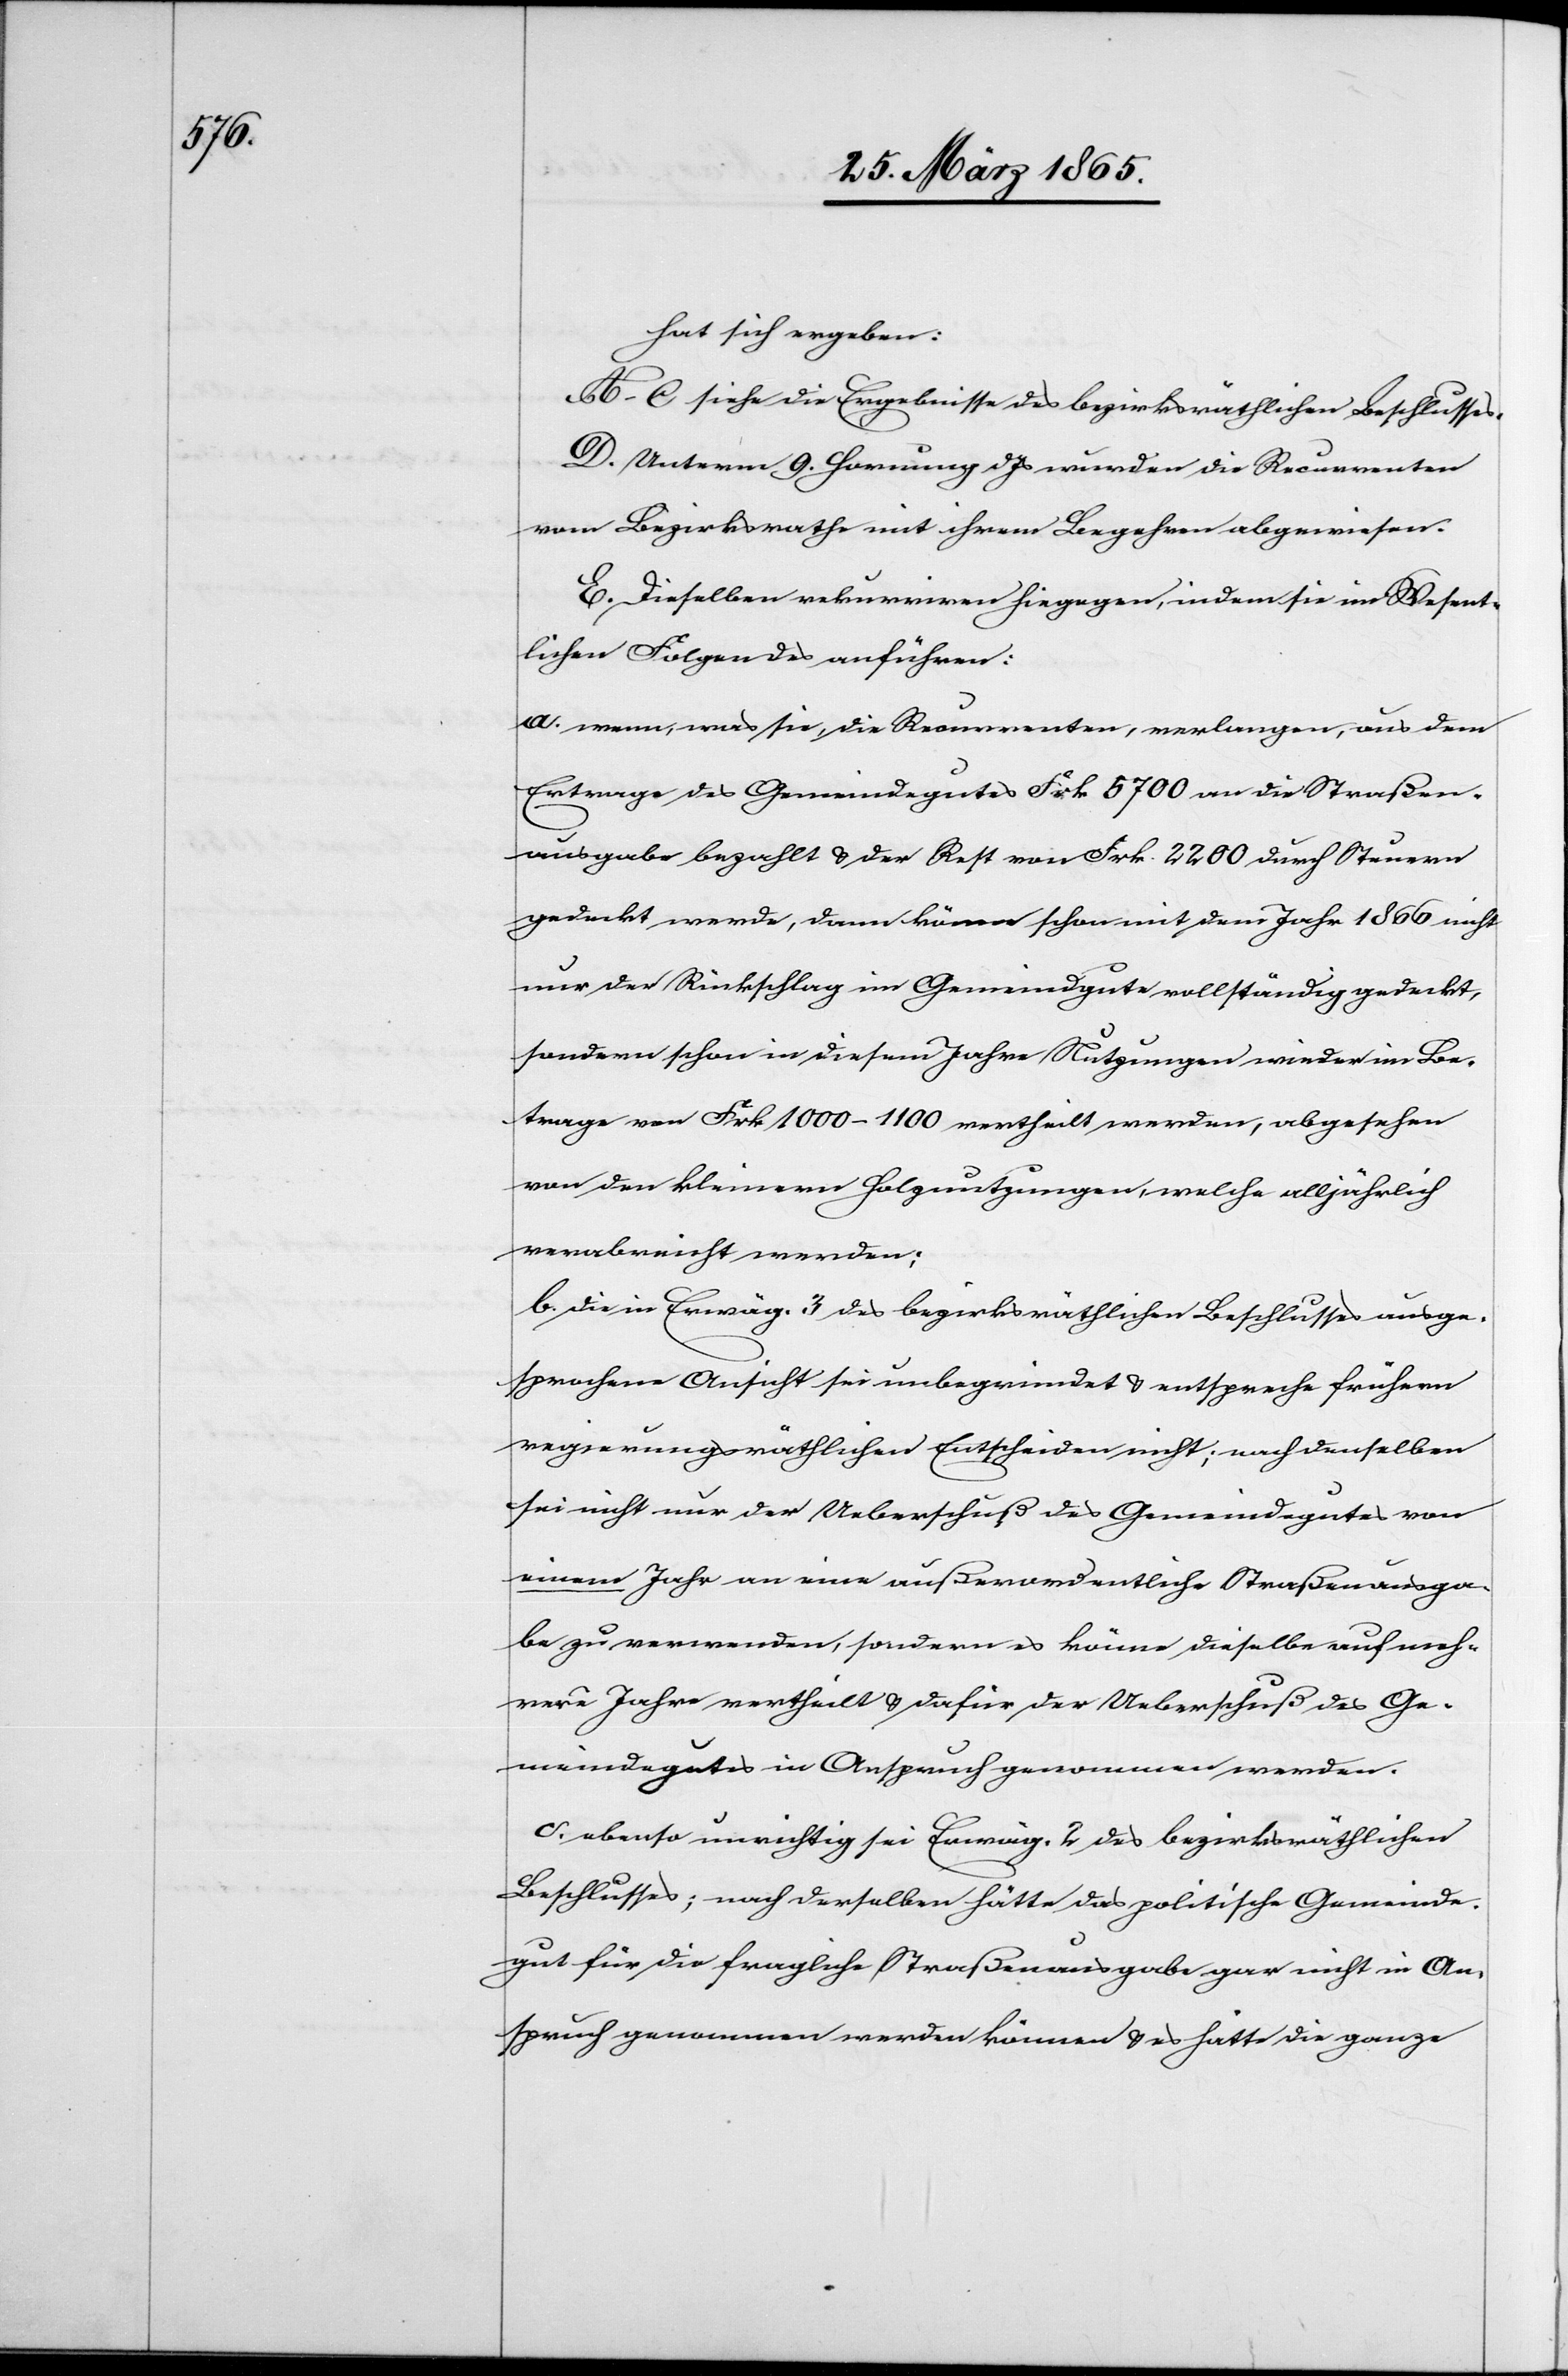
hat sich ergeben:
A–C siehe die Ergebnisse des bezirksräthlichen Beschlusses.
D. Unterm 9. Hornung d Js wurden die Recurrenten
vom Bezirksrathe mit ihrem Begehren abgewiesen.
E. Dieselben rekurriren hiegegen, indem sie im Wesent¬
lichen Folgendes anführen:
a. wenn, was sie, die Recurrenten, verlangen, aus dem
Ertrage des Gemeindegutes Frk 5700 an die Straßen¬
ausgabe bezahlt & der Rest von Frk. 2200 durch Steuern
gedeckt werde, dann könne schon mit dem Jahr 1866 nicht
nur der Rückschlag im Gemeindgute vollständig gedeckt,
sondern schon in diesem Jahre Nutzungen wieder im Be¬
trage von Frk 1000–1100 vertheilt werden, abgesehen
von den kleinern Holznutzungen, welche alljährlich
verabreicht werden;
b. die in Erwäg. 3 des bezirksräthlichen Beschlusses ausge¬
sprochene Ansicht sei unbegründet & entspreche frühern
regierungsräthlichen Entscheiden nicht; nach denselben
sei nicht nur der Ueberschuß des Gemeindegutes von
einem Jahr an eine außerordentliche Straßenausga¬
be zu verwenden, sondern es könne dieselbe auf meh¬
rere Jahre vertheilt & dafür der Ueberschuß des Ge¬
meindegutes in Anspruch genommen werden.
c. ebenso unrichtig sei Erwäg. 2 des bezirksräthlichen
Beschlusses; nach derselben hätte das politische Gemeinde¬
gut für die fragliche Straßenausgabe gar nicht in An¬
spruch genommen werden können & es hätte die ganze